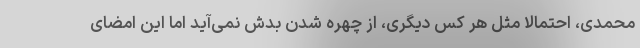
محمدی، احتمالاً مثل هر کس دیگری، از چهره شدن بدش نمی‌آید اما این امضای